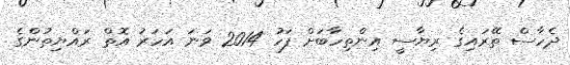
ދެހާސް ތޭރައިގެ ރިޔާސީ އިންތިހާބަށް ފަހު 2014 ވަނަ އަހަރު އޮތް ރައްޔިތުންގެ